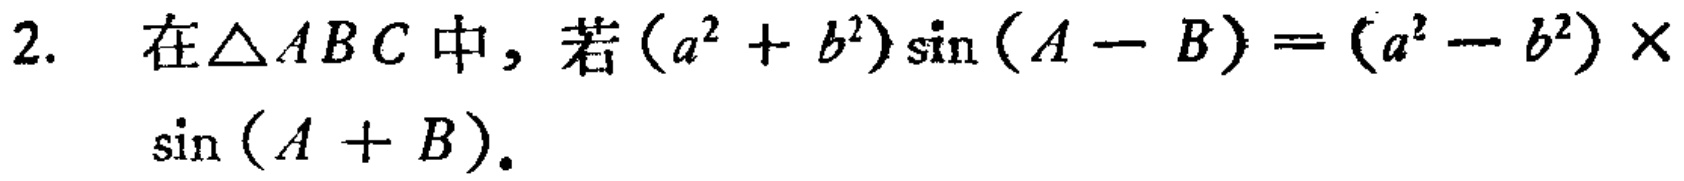
2. 在$\triangle ABC$中，若$(a^{2}+b^{2})\sin(A - B)=(a^{2}-b^{2})\times\sin(A + B)$。